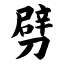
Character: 劈